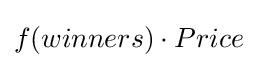
f(winners)\cdot Price